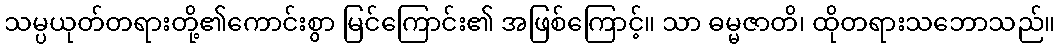
သမ္ပယုတ်တရားတို့၏ကောင်းစွာ မြင်ကြောင်း၏ အဖြစ်ကြောင့်။ သာ ဓမ္မဇာတိ၊ ထိုတရားသဘောသည်။